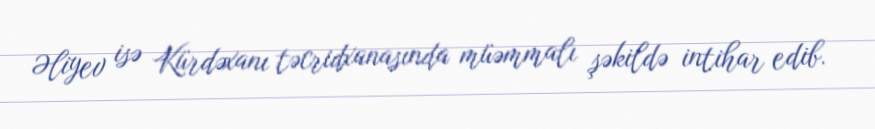
Əliyev isə Kürdəxanı təcridxanasında müəmmalı şəkildə intihar edib.